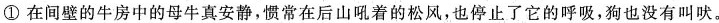
①在间壁的牛房中的母牛真安静，贯常在后山吼着的松风，也停止了它的呼吸，狗也没有叫吠。